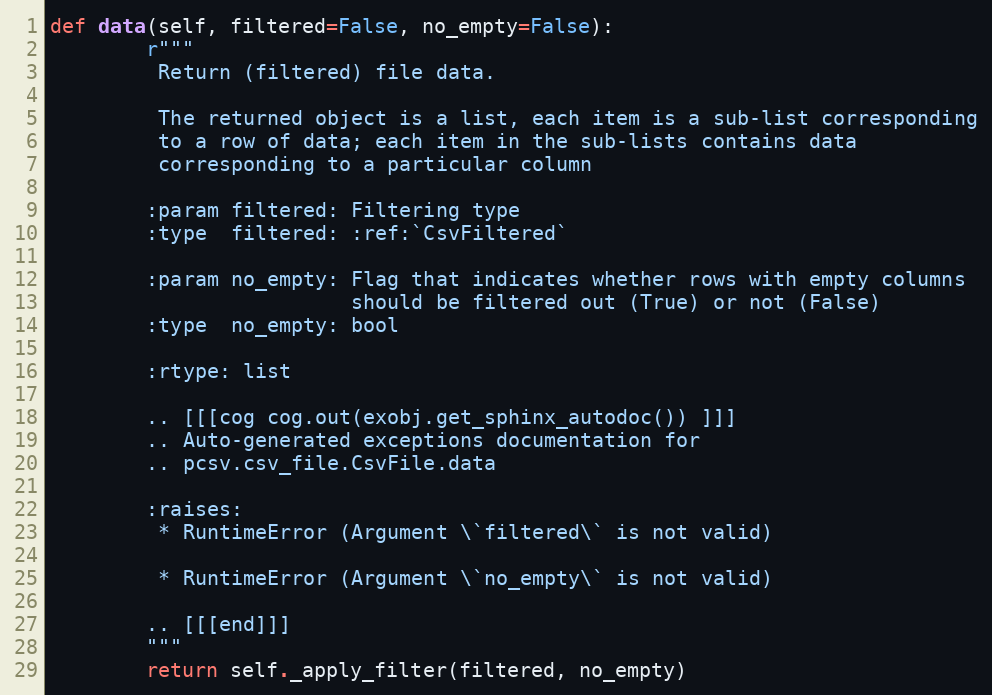
Language: Python
def data(self, filtered=False, no_empty=False):
        r"""
         Return (filtered) file data.

         The returned object is a list, each item is a sub-list corresponding
         to a row of data; each item in the sub-lists contains data
         corresponding to a particular column

        :param filtered: Filtering type
        :type  filtered: :ref:`CsvFiltered`

        :param no_empty: Flag that indicates whether rows with empty columns
                         should be filtered out (True) or not (False)
        :type  no_empty: bool

        :rtype: list

        .. [[[cog cog.out(exobj.get_sphinx_autodoc()) ]]]
        .. Auto-generated exceptions documentation for
        .. pcsv.csv_file.CsvFile.data

        :raises:
         * RuntimeError (Argument \`filtered\` is not valid)

         * RuntimeError (Argument \`no_empty\` is not valid)

        .. [[[end]]]
        """
        return self._apply_filter(filtered, no_empty)